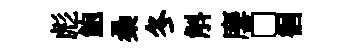
彪鮑桑冬斛麐□徊